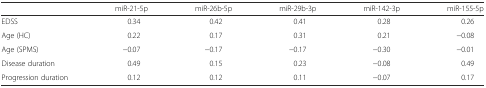
<table><thead><tr><td></td><td><b>miR-21-5p</b></td><td><b>miR-26b-5p</b></td><td><b>miR-29b-3p</b></td><td><b>miR-142-3p</b></td><td><b>miR-155-5p</b></td></tr></thead><tbody><tr><td>EDSS</td><td>0.34</td><td>0.42</td><td>0.41</td><td>0.28</td><td>0.26</td></tr><tr><td>Age (HC)</td><td>0.22</td><td>0.17</td><td>0.31</td><td>0.21</td><td>−0.08</td></tr><tr><td>Age (SPMS)</td><td>−0.07</td><td>−0.17</td><td>−0.17</td><td>−0.30</td><td>−0.01</td></tr><tr><td>Disease duration</td><td>0.49</td><td>0.15</td><td>0.23</td><td>−0.08</td><td>0.49</td></tr><tr><td>Progression duration</td><td>0.12</td><td>0.12</td><td>0.11</td><td>−0.07</td><td>0.17</td></tr></tbody></table>